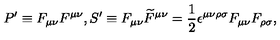
P ^ { \prime } \equiv F _ { \mu \nu } F ^ { \mu \nu } , \medskip S ^ { \prime } \equiv F _ { \mu \nu } \widetilde { F } ^ { \mu \nu } = \frac { 1 } { 2 } \epsilon ^ { \mu \nu \rho \sigma } F _ { \mu \nu } F _ { \rho \sigma } ,